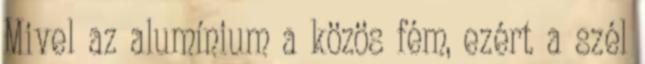
Mivel az alumínium a közös fém, ezért a szél